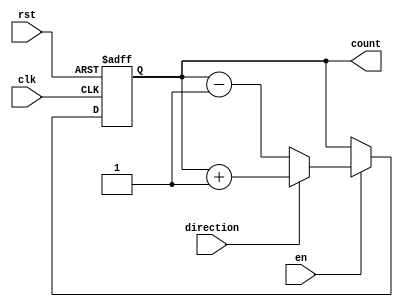
module up_down_counter (
    input clk,
    input rst,
    input en,
    input direction, // 1 for up, 0 for down
    output reg [7:0] count
);

always @(posedge clk or posedge rst) begin
    if (rst) begin
        count <= 8'b0;
    end else if (en) begin
        if (direction) begin // count up
            count <= count + 1;
        end else begin // count down
            count <= count - 1;
        end
    end
end

endmodule